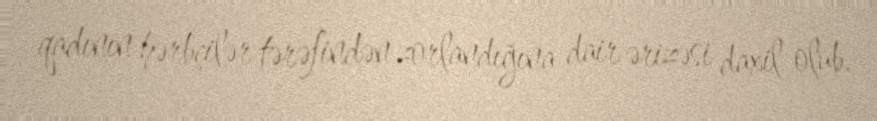
qadının hərbçilər tərəfindən zorlandığına dair ərizəsi daxil olub.